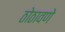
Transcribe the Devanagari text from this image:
ठोठावणे